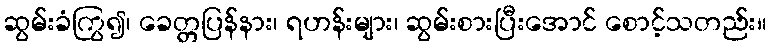
ဆွမ်းခံကြွ၍၊ ခေတ္တပြန်နား၊ ရဟန်းများ၊ ဆွမ်းစားပြီးအောင် စောင့်သတည်း။